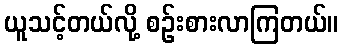
ယူသင့်တယ်လို့ စဉ်းစားလာကြတယ်။